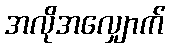
အလိုအလျှောက်